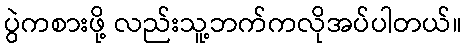
ပွဲကစားဖို့ လည်းသူ့ဘက်ကလိုအပ်ပါတယ်။